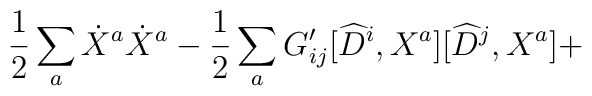
\frac{1}{2} \sum_{a} \dot{X}^a  \dot{X}^a-\frac{1}{2} \sum_{a} G'_{ij} [\widehat{D}^i,X^a] [\widehat{D}^j,X^a]+